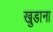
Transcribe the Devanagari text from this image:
खुडाना